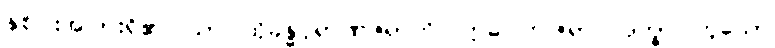
နှစ်ပါးအပြားရှိ၏။ သာ၊ ထိုခန္ဓပုရာဏဇရာကို။ ဣဓ၊ ဤဇရာပိ ဒုက္ခာ၊ ဟူသော